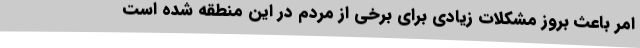
امر باعث بروز مشکلات زیادی برای برخی از مردم در این منطقه شده است